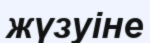
жүзуіне